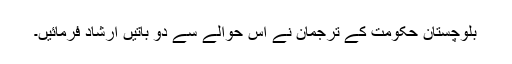
بلوچستان حکومت کے ترجمان نے اس حوالے سے دو باتیں ارشاد فرمائیں۔